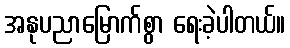
အနုပညာမြောက်စွာ ရေးခဲ့ပါတယ်။